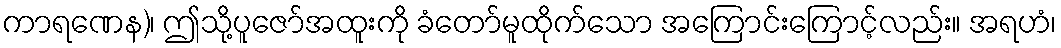
ကာရဏေန)၊ ဤသို့ပူဇော်အထူးကို ခံတော်မူထိုက်သော အကြောင်းကြောင့်လည်း။ အရဟံ၊